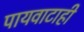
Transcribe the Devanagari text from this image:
पायवाटाही